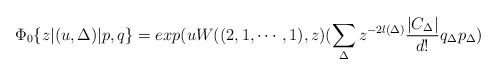
\begin{align*}\Phi_0\{z|(u,\Delta)|p,q\}=exp(uW((2,1,\cdots,1),z)(\sum_{\Delta}z^{-2l(\Delta)}\frac{|C_\Delta|}{d!}q_\Delta p_\Delta)\end{align*}